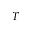
T